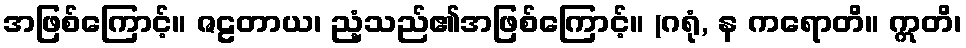
အဖြစ်ကြောင့်။ ဇဠတာယ၊ ညံ့သည်၏အဖြစ်ကြောင့်။ (ဂရုံ, န ကရောတိ။ ဣတိ၊